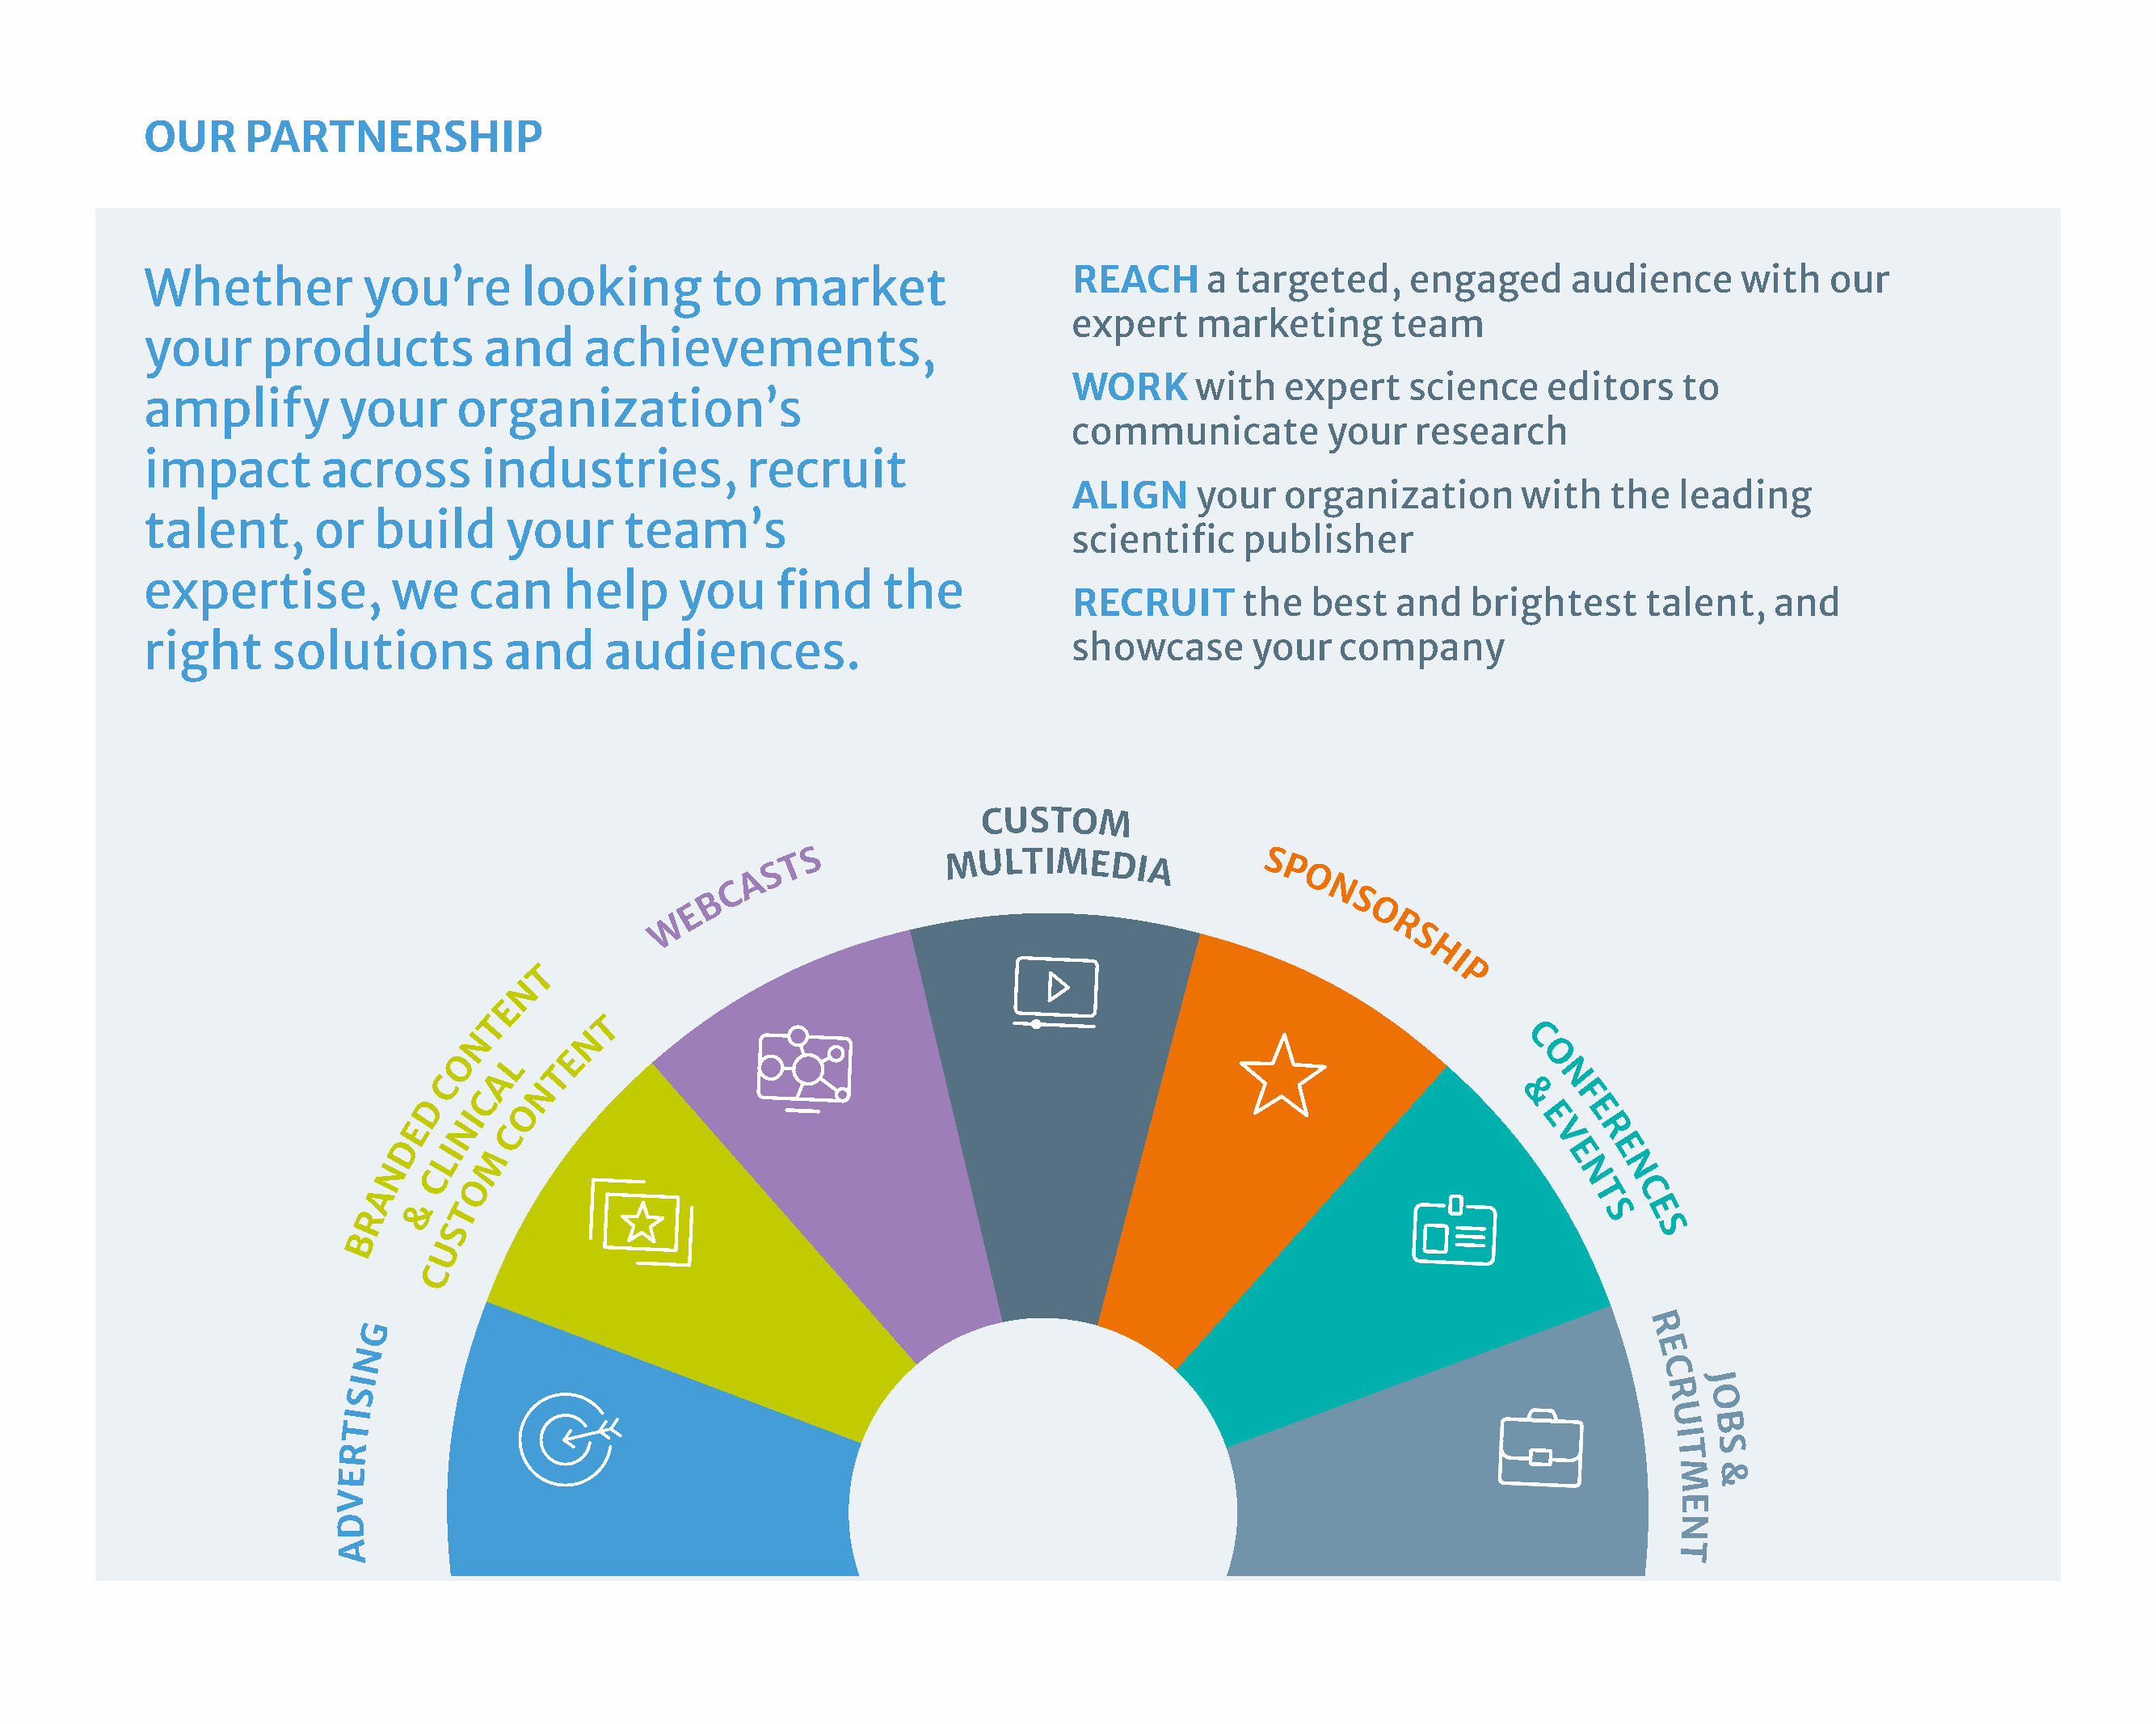
OUR     PARTNERSHIP
 Whether           you’re       looking        to   market                   REACH      a targeted,     engaged       audience      with   our
 expert    marketing       team
 your     products           and     achievements,
 WORK      with   expert    science     editors    to
 amplify         your     organization’s
 communicate          your   research
 impact        across       industries,           recruit
 ALIGN     your   organization        with   the  leading
 talent,       or   build     your      team’s
 scientific    publisher
 expertise,          we    can     help      you     find    the
 RECRUIT       the  best   and   brightest      talent,   and
 right     solutions          and     audiences.                             showcase       your   company
 E
 B
 C
 A
 S T
 S
 M
 UCU LTS IT MO EM
 D I A       S P
 O
 N
 S
 O
 CO
 NT
 AE
 L
 N
 T
 T
 E
 N
 T
 W
 R
 S
 H
 I
 P
 C
 O
 N
 N
 D
 C
 O
 &   F
 I                                                                                          E
 E   N  C                                                                                    E   R
 D  LI
 M
 V
 EE
 N  C                                                                                             NN
 O
 A                                                                                                  TC
 &  T
 R                                                                                                    SE
 S                                                                                                 S
 IB
 NG
 CU
 R
 E
 C
 J
 S                                                                                                          R  O
 TI                                                                                                          U
 B
 I
 R
 TS
 E
 M  &
 V                                                                                                            E
 D                                                                                                            N
 A                                                                                                            T